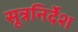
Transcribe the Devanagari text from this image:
सूत्रनिर्देश